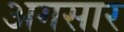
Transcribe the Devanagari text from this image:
अगसार